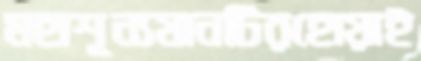
মহাশূন্যযানটিরহোয়াই